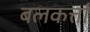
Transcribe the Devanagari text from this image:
बलकर्त्ता